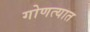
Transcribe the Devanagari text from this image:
गोणत्यात